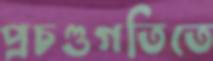
প্রচণ্ডগতিতে